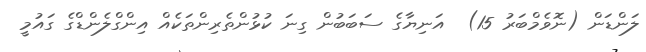
ލަންޑަން (ނޮވެމްބަރު 15)  އަނިޔާގެ ސަބަބުން ގިނަ ކުޅުންތެރިންތަކެއް އިންގްލެންޑްގެ ގައުމީ